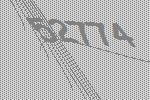
52774